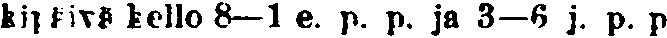
kipäivä kello 8—1 e. p. p. ja 3—6. j. p. p.